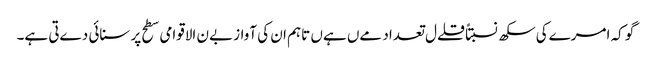
گو کہ امرےکی سکھ نسبتاً قلےل تعداد مےں ہےں تاہم ان کی آواز بےن الاقوامی سطح پر سنائی دےتی ہے۔